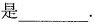
是___。